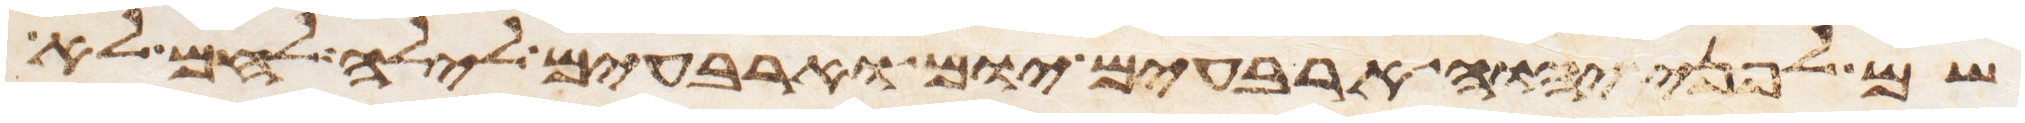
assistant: שם לפני יהוה ארבעים יום וארבעים לילה לחם לא